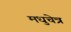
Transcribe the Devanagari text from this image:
मधुचेत्र